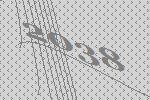
2038